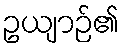
ဥယျာဉ်၏